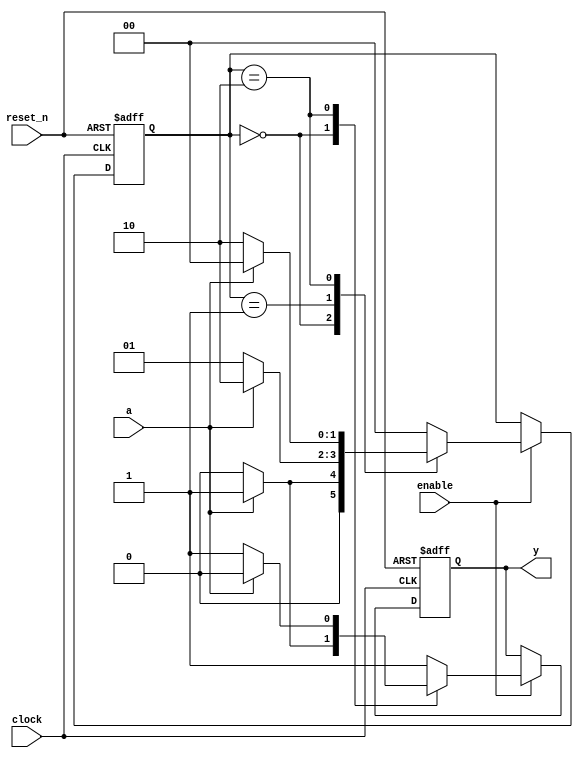
module lab8_3
(
    input  clock,
    input  reset_n,
    input  enable,
    input  a,
    output reg    y
);

    parameter [1:0] S0 = 0, S1 = 1, S2 = 2;

    reg [1:0] state, next_state;

    // State register

    always @ (posedge clock or negedge reset_n)
        if (! reset_n)
            state <= S0;
        else if (enable)
            state <= next_state;

    // Next state logic

    always @*
        case (state)
        
        S0:
            if (a)
                next_state = S1;
            else
                next_state = S0;

        S1:
            if (a)
                next_state = S2;
            else
                next_state = S1;

        S2:
            if (a)
                next_state = S0;
            else
                next_state = S2;

        default:

            next_state = S0;

        endcase

    // Output logic based on current state

    always @ (posedge clock or negedge reset_n)
    begin
        if (! reset_n)
            y <= 0;
        else if (enable)
        begin
            y <= 1;
            case (state)
            S0:
                if (!a) 
                    y <= 0;
            S2:
                if (a)
                    y <= 0;
            endcase
        end
    end
endmodule